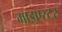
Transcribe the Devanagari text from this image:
माइएस्टर